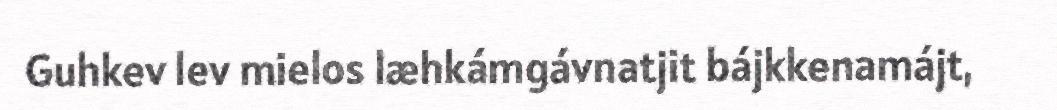
Guhkev lev mielos læhkámgávnatjit bájkkenamájt,